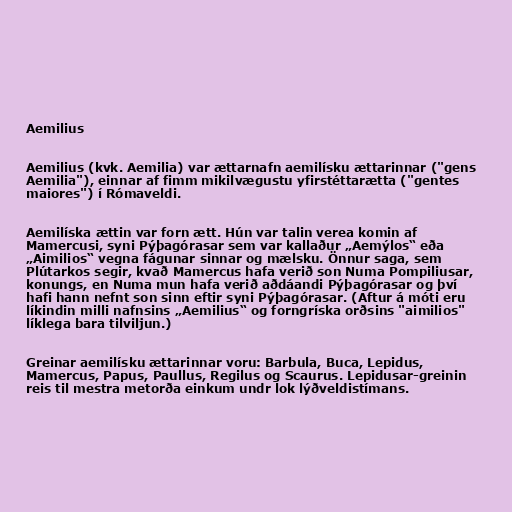
Aemilius

Aemilius (kvk. Aemilia) var ættarnafn aemilísku ættarinnar ("gens
Aemilia"), einnar af fimm mikilvægustu yfirstéttarætta ("gentes
maiores") í Rómaveldi.

Aemilíska ættin var forn ætt. Hún var talin verea komin af
Mamercusi, syni Pýþagórasar sem var kallaður „Aemýlos“ eða
„Aimilios“ vegna fágunar sinnar og mælsku. Önnur saga, sem
Plútarkos segir, kvað Mamercus hafa verið son Numa Pompiliusar,
konungs, en Numa mun hafa verið aðdáandi Pýþagórasar og því
hafi hann nefnt son sinn eftir syni Pýþagórasar. (Aftur á móti eru
líkindin milli nafnsins „Aemilius“ og forngríska orðsins "aimilios"
líklega bara tilviljun.)

Greinar aemilísku ættarinnar voru: Barbula, Buca, Lepidus,
Mamercus, Papus, Paullus, Regilus og Scaurus. Lepidusar-greinin
reis til mestra metorða einkum undr lok lýðveldistímans.